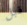
قبل